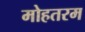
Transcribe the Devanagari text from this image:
मोहतरम